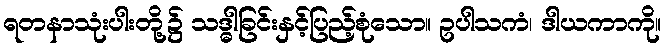
ရတနာသုံးပါးတို့၌ သဒ္ဓါခြင်းနှင့်ပြည့်စုံသော။ ဥပါသကံ၊ ဒါယကာကို။